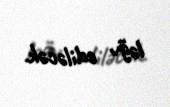
ləğv ediləcək.